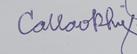
Signature authenticity: genuine